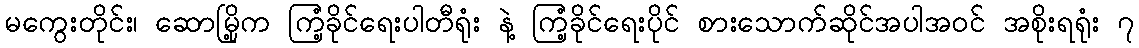
မကွေးတိုင်း၊ ဆောမြို့က ကြံ့ခိုင်ရေးပါတီရုံး နဲ့ ကြံ့ခိုင်ရေးပိုင် စားသောက်ဆိုင်အပါအဝင် အစိုးရရုံး ၇